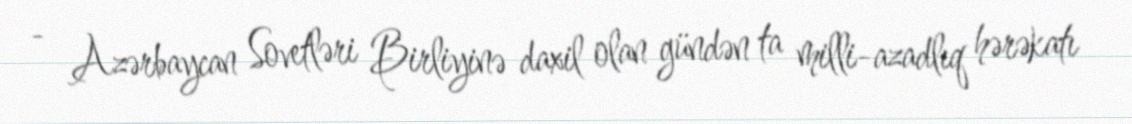
- Azərbaycan Sovetləri Birliyinə daxil olan gündən ta milli-azadlıq hərəkatı